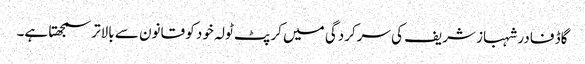
گاڈ فادر شہباز شریف کی سرکردگی میں کرپٹ ٹولہ خود کو قانون سے بالاتر سمجھتا ہے۔